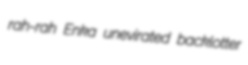
rah-rah Enka unevirated backlotter